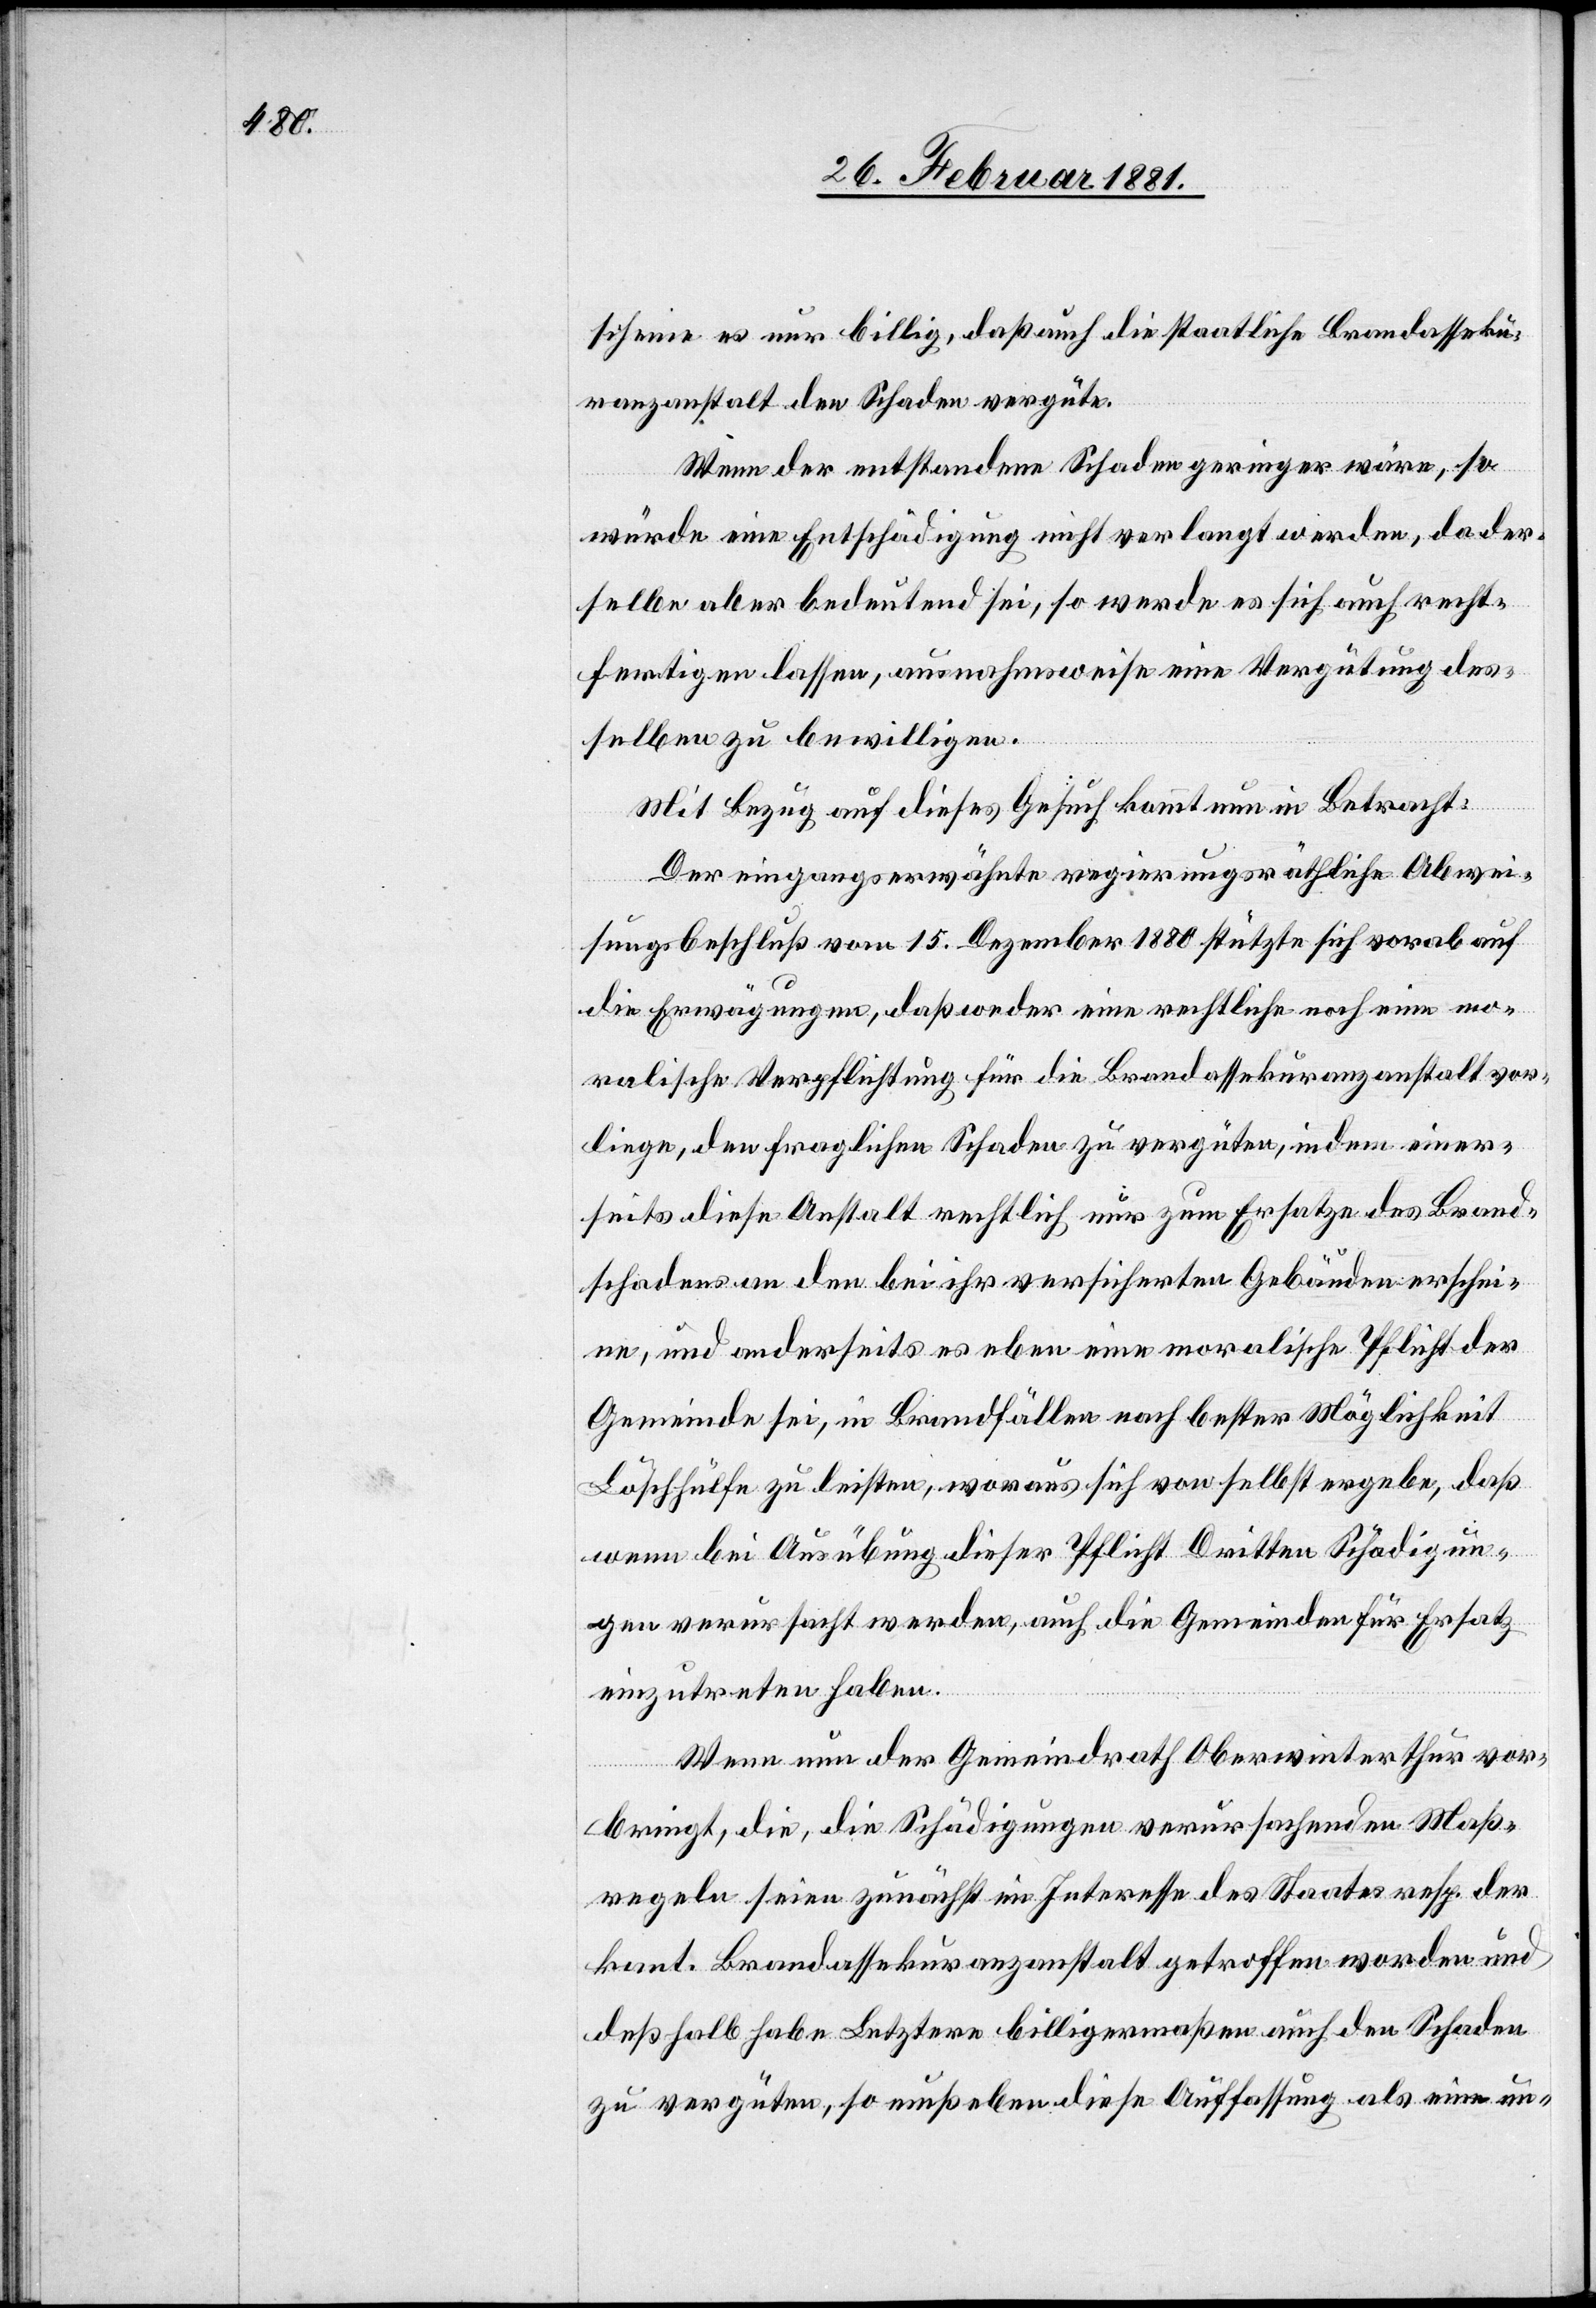
scheine es nur billig, daß auch die staatliche Brandasseku¬
ranzanstalt den Schaden vergüte.
Wenn der entstandene Schaden geringer wäre, so
würde eine Entschädigung nicht verlangt werden, da der¬
selbe aber bedeutend sei, so werde es sich auch recht¬
fertigen lassen, ausnahmsweise eine Vergütung des¬
selben zu bewilligen.
Mit Bezug auf dieses Gesuch kommt nun in Betracht:
Der eingangserwähnte regierungsräthliche Abwei¬
sungsbeschluß vom 15. Dezember 1880 stützte sich vorab auf
die Erwägungen, daß weder eine restliche noch eine mo¬
ralische Verpflichtung für die Brandassekuranzanstalt vor¬
liege, den fraglichen Schaden zu vergüten, in dem einer¬
seits diese Anstalt rechtlich nur zum Ersatze des Brand¬
schadens an den bei ihr versicherten Gebäuden erschei¬
ne, und anderseits es eben eine moralische Pflicht der
Gemeinde sei, in Brandfällen nach bester Möglichkeit
Löschhülfe zu leisten, woraus sich von selbst ergebe, daß
wenn bei Ausübung dieser Pflicht Dritten Schädigun¬
gen verursacht werden, auch die Gemeinden für Ersatz
einzutreten haben.
Wenn nun der Gemeindrath Oberwinterthur vor¬
bringt, die, die Schädigungen verursachenden Maß¬
regeln seien zunächst im Interesse des Staates resp. der
kant. Brandassekuranzanstalt getroffen worden und
deßhalb habe Letztere billigermaßen auch den Schaden
zu vergüten, so muß eben diese Auffassung als eine un-